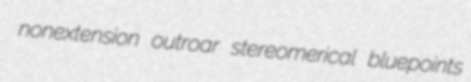
nonextension outroar stereomerical bluepoints